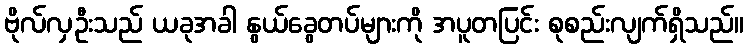
ဗိုလ်လှဦးသည် ယခုအခါ နွယ်ခွေတပ်များကို အပူတပြင်း စုစည်းလျက်ရှိသည်။